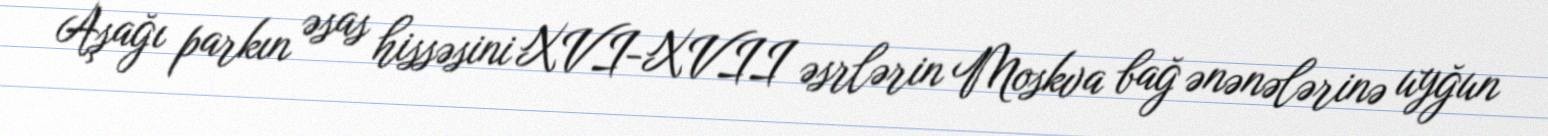
Aşağı parkın əsas hissəsini XVI-XVII əsrlərin Moskva bağ ənənələrinə uyğun